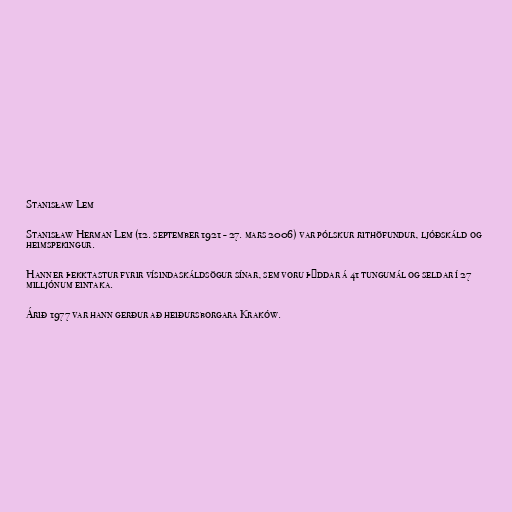
Stanisław Lem

Stanisław Herman Lem (12. september 1921 - 27. mars 2006) var pólskur rithöfundur, ljóðskáld og
heimspekingur.

Hann er þekktastur fyrir vísindaskáldsögur sínar, sem voru þýddar á 41 tungumál og seldar í 27
milljónum eintaka.

Árið 1977 var hann gerður að heiðursborgara Kraków.